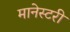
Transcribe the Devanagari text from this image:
मानेस्टरी